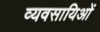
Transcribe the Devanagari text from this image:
व्यवसायिओं